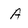
Character: A